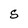
Character: S